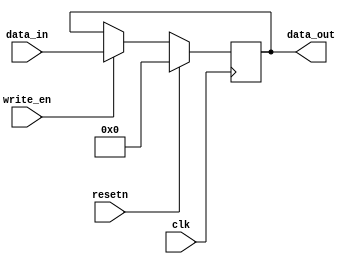
//copilot mean_prob: 0.5764766268986515
//This file was assembled by gen.py, written by redactedAuthorFirstname redactedAuthorLastname.
module crypto_keys_store
(
input [15:0] data_in,
output reg [15:0] data_out,
input clk,
input resetn,
input write_en
);

//-copilot next line-
//copilot mean_prob: 0.5764766268986515

    always @(posedge clk) begin
        if (resetn == 1) begin
           data_out <= 0;
        end
        else begin
           if (write_en == 1)
				data_out <= data_in;
        end
    end


endmodule